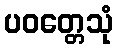
ပဝတ္တေသုံ